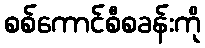
စစ်ကောင်စီစခန်းကို